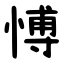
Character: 愽